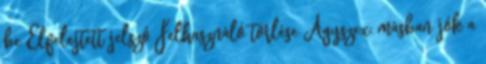
be Elfelejtett jelszó Felhasználó törlése Agyszex: másban jók a